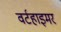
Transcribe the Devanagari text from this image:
वर्टहाइमर